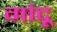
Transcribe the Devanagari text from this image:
गांदू